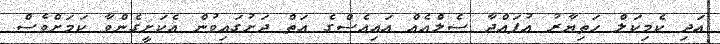
އަދި ކެމިކަލް ހަތިޔާރު އުފައްދާ ސެލްއެއް އައިއެސްގެ އަތް ދަށުގައިވުން އެކަށީގެންވާ ކަމަށްވެސް